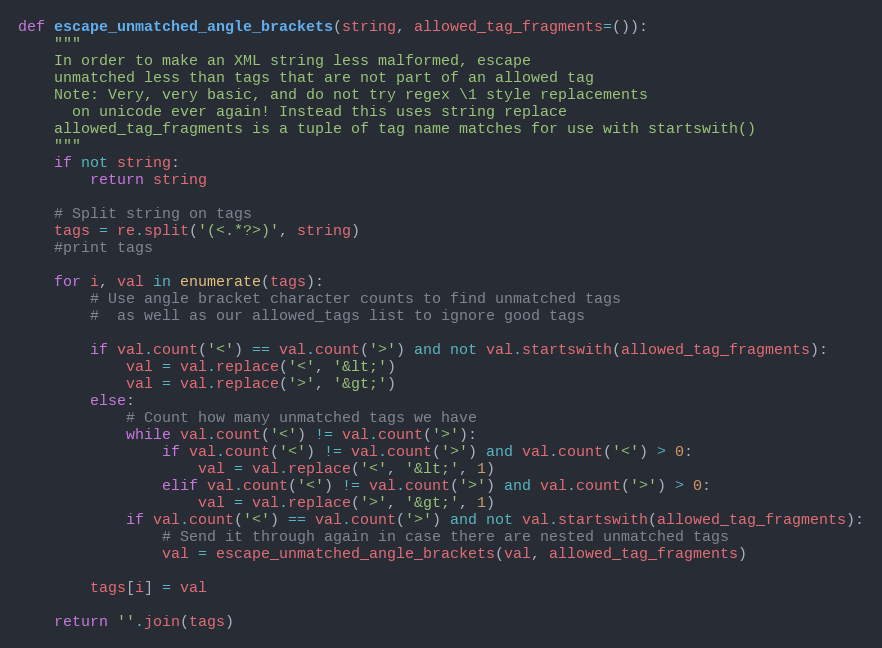
Language: Python
def escape_unmatched_angle_brackets(string, allowed_tag_fragments=()):
    """
    In order to make an XML string less malformed, escape
    unmatched less than tags that are not part of an allowed tag
    Note: Very, very basic, and do not try regex \1 style replacements
      on unicode ever again! Instead this uses string replace
    allowed_tag_fragments is a tuple of tag name matches for use with startswith()
    """
    if not string:
        return string

    # Split string on tags
    tags = re.split('(<.*?>)', string)
    #print tags

    for i, val in enumerate(tags):
        # Use angle bracket character counts to find unmatched tags
        #  as well as our allowed_tags list to ignore good tags

        if val.count('<') == val.count('>') and not val.startswith(allowed_tag_fragments):
            val = val.replace('<', '&lt;')
            val = val.replace('>', '&gt;')
        else:
            # Count how many unmatched tags we have
            while val.count('<') != val.count('>'):
                if val.count('<') != val.count('>') and val.count('<') > 0:
                    val = val.replace('<', '&lt;', 1)
                elif val.count('<') != val.count('>') and val.count('>') > 0:
                    val = val.replace('>', '&gt;', 1)
            if val.count('<') == val.count('>') and not val.startswith(allowed_tag_fragments):
                # Send it through again in case there are nested unmatched tags
                val = escape_unmatched_angle_brackets(val, allowed_tag_fragments)

        tags[i] = val

    return ''.join(tags)